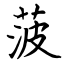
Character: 菠